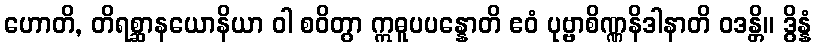
ဟောတိ, တိရစ္ဆာနယောနိယာ ဝါ စဝိတွာ ဣဓူပပန္နောတိ ဧဝံ ပုဗ္ဗာစိဏ္ဏနိဒါနာတိ ဝဒန္တိ။ ဒွိန္နံ